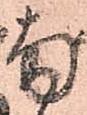
南